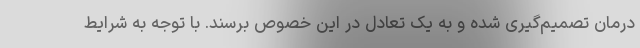
درمان تصمیم‌گیری شده و به یک تعادل در این خصوص برسند. با توجه به شرایط